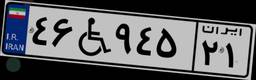
۴۶W۹۴۵۲۱